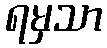
ရမှသာ